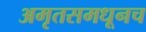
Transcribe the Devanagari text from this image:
अमृतसमधूनच